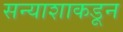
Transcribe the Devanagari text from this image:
सन्याशाकडून